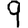
Digit: 9